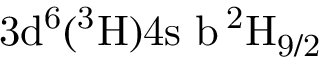
\mathrm { 3 d ^ { 6 } ( ^ { 3 } H ) 4 s \ b \, ^ { 2 } H _ { 9 / 2 } }